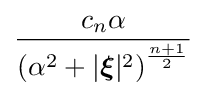
{\frac {c_{n}\alpha }{\left(\alpha ^{2}+|{\boldsymbol {\xi }}|^{2}\right)^{\frac {n+1}{2}}}}